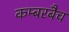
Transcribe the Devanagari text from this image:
कम्बरबैच